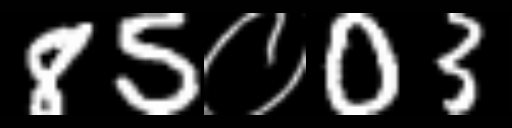
Text: 85०03